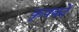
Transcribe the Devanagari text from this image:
कृषकाें